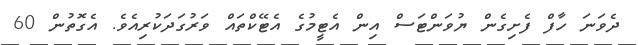
ދެވަނަ ހާފް ފެށިގެން ޔުވަންޓަސް އިން އެޓީމުގެ އެޓޭކްތައް ވަރުގަދަކުރިއެވެ. އެގޮތުން 60